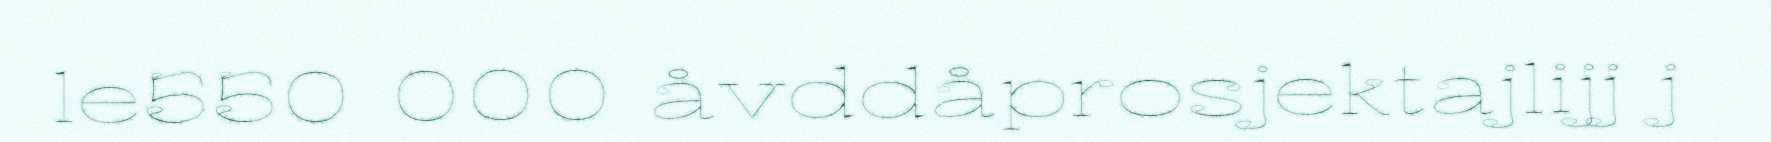
le550 000 åvddåprosjektajlijj j